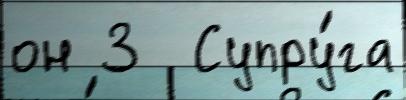
он 3  Супру́га